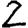
Digit: 2